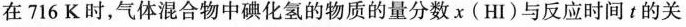
在716K时，气体混合物中碘化氢的物质的量分数x(HI)与反应时间t的关